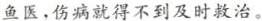
鱼医，伤病就得不到及时救治。